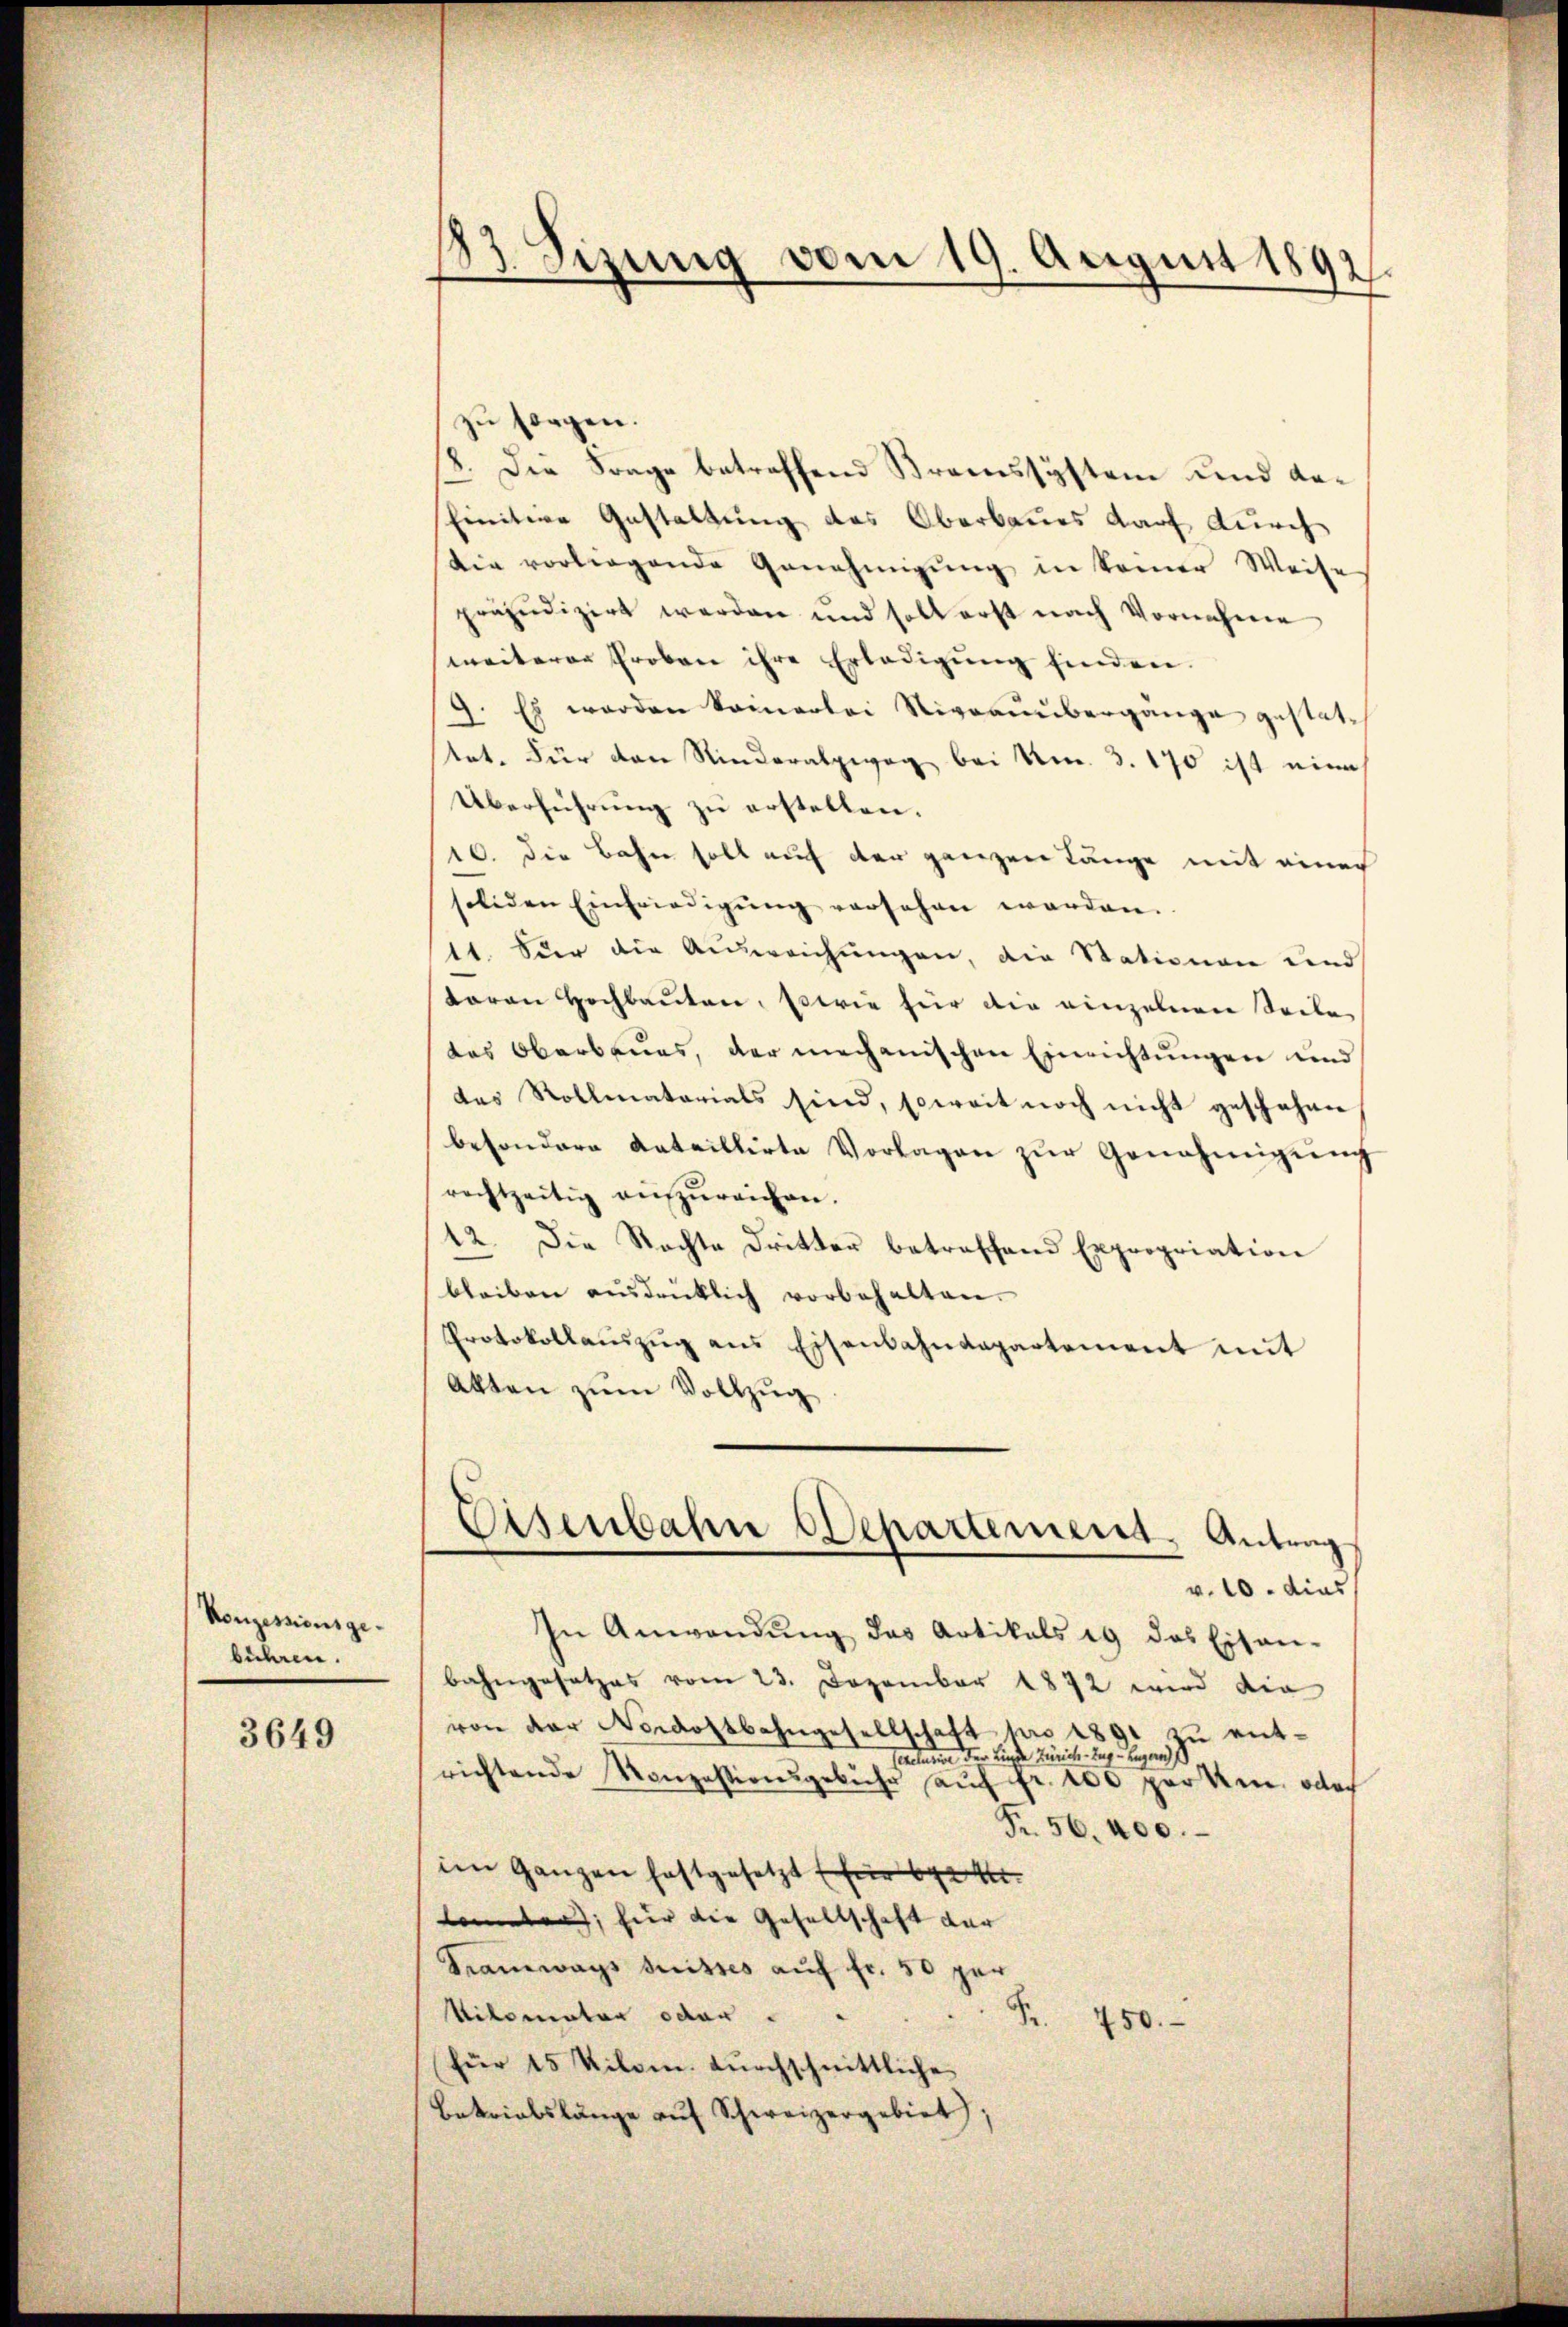
Konzessionsgebühren.

3649

zu sorgen.
8. Die Frage betreffend Kramssystem und dafinitive Gestaltung des Oberbaues darf durch
die vorliegende Genehmigŭng in keiner Weise
präjudizirt werden und soll erst nach Vornahme
weiterer Proben ihre Erledigŭng finden.
9. Es werden komerlei Niveauübergange gestattet. Für den Rinderalpweg bei No. 3. 170 ist eine
Überführung zu erstellen.
10. die Bahn soll auf der ganzen Länge mit einer
soliden Einfriedigung versehen worden.
1t. Für die Ausweichungen, die Stationen und
toren Hochbauten, sowie für die einzelnen Seile
das Oberbaues, der mechanischen Einrichtungen und
des Rollmatorials sind, soweit noch nicht geschehen
besondere Anteillirte Vorlagen zŭr Genehmigŭng
rechtzeitig auszureichen.
12. Die Rechte Dritter betreffend Expropriation
bleiben ausdrücklich vorbehalten.
Protokollanzŭg ans Eisenbahndepartement mit
Akten zŭm Vollzug

t
23. Sizung vom 19. August 1892.

Eisenbahn Departement, Antrag

v. 10. dies
In Anwendŭng das Artikals es das Eisen-
bahngesetzes vom 23. Dezember 1872 wird die
von der Nordostbahngesellschaft pro 1891 zu ent¬
Cerelation der Linde Zürich. Tag. Gegen
richtende Konzessionsgebühr aŭf fr. 100 perten, oder
Fr. 56. 400.
im Ganzen festgesetzt (für be
konnten; hier die Gesellschaft der
Tramways suisses auf fr. 50 per
Silomater oder
S.
750.
für 15 Kilom. dŭrchschnittliche
Betriebslänge auf Schweizergebiet,